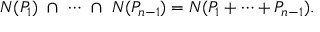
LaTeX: { \cal N } ( P _ { 1 } ) \ \cap \ \cdots \ \cap \ { \cal N } ( P _ { n - 1 } ) = { \cal N } ( P _ { 1 } + \cdots + P _ { n - 1 } ) .